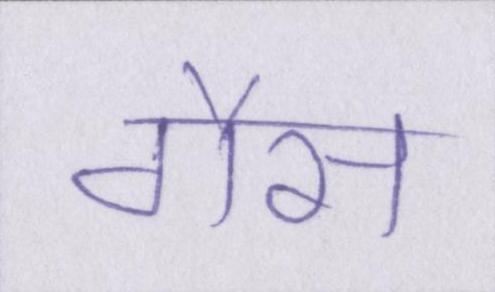
गैस